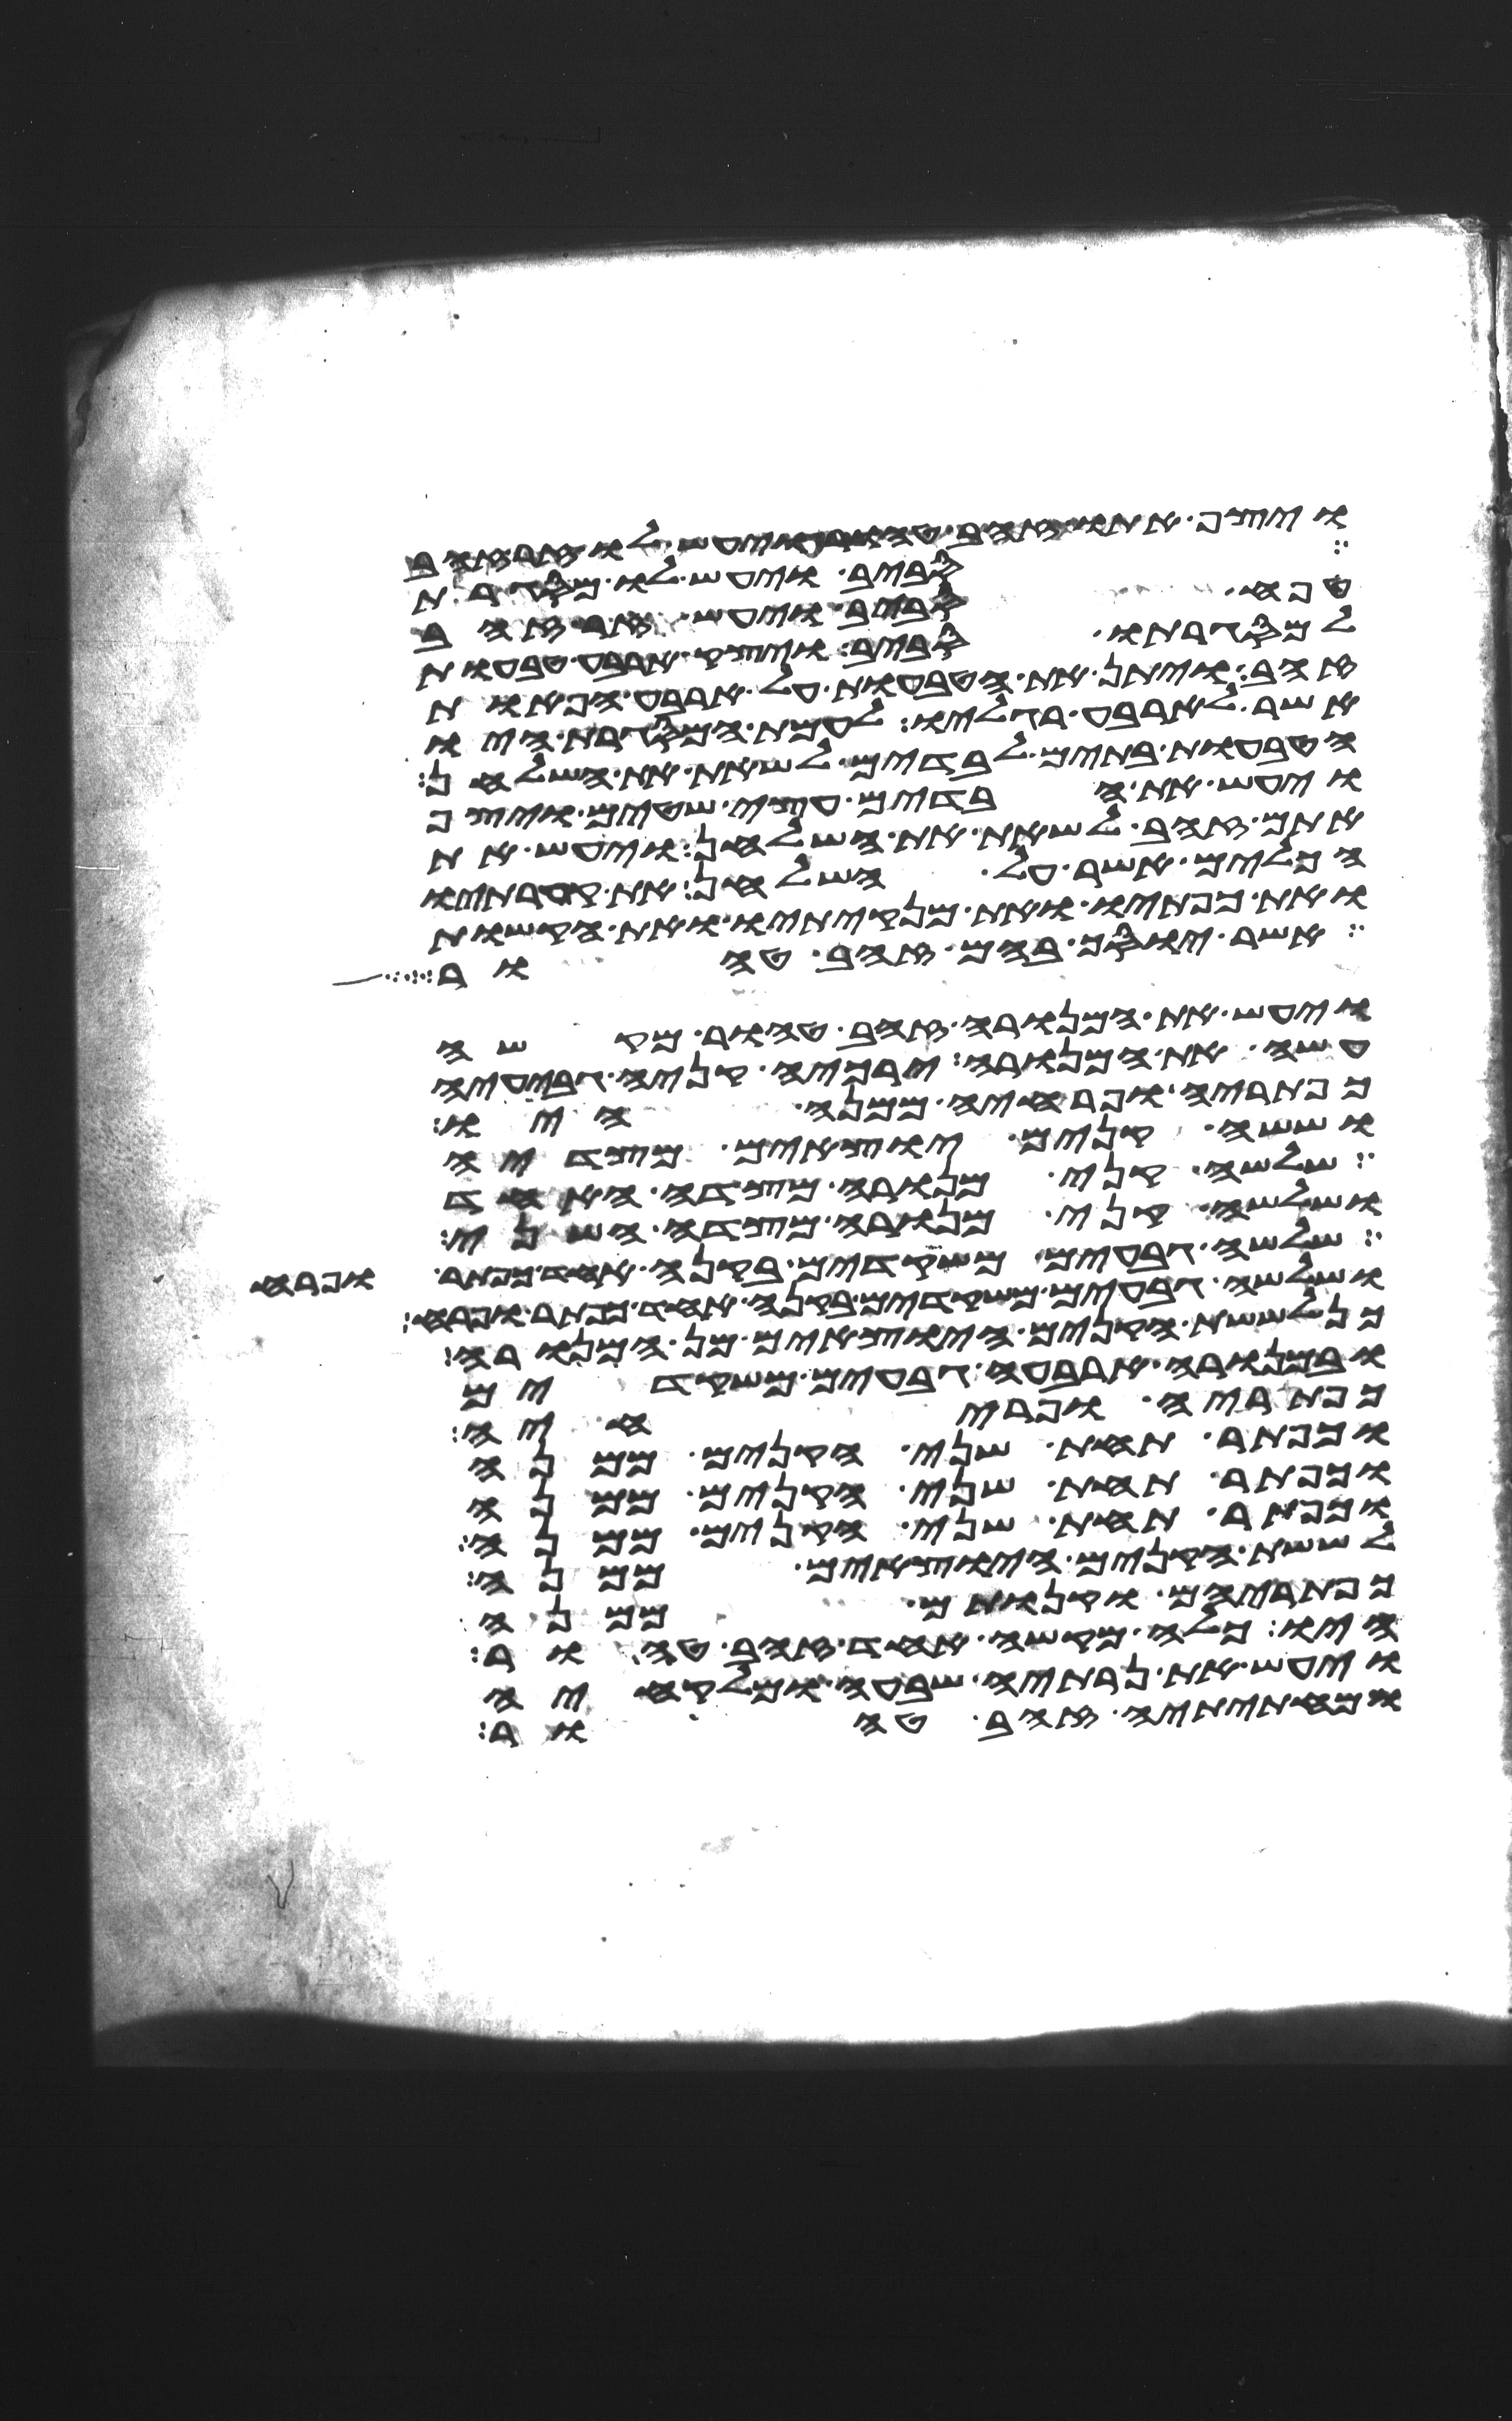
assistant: ויצף אתו זהב טהור ויעש לו זר זהב
סביב ויעש לו מסגרת
טפח סביב ויעש זר זהב
למסגרתו סביב ויצק ארבע טבעות
זהב ויתן את הטבעות על ארבע הפאות
אשר לארבע רגליו לעמת המסגרת היו
הטבעות בתים לבדים לשאת את השלחן
ויעש את הבדים עצי שטים ויצף
אתם זהב לשאת את השלחן ויעש את
הכלים אשר על השלחן את קערתיו
ואת כפתיו ואת מנקיתיו ואת הקשות
אשר יוסך בהם זהב טהור
ויעש את המנורה זהב טהור מקשה
תעשה את המנורה ירכיה קניה גביעיה
כפתריה ופרחיה ממנה היו
וששה קנים יוצאים מצדיה
שלשה קני מנורה מצדה האחד
ושלשה קני מנורה מצדה השני
שלשה גבעים משקדים בקנה אחד כפתר ופרח
ושלשה גבעים משקדים בקנה אחד כפתר ופרח
כן לששת הקנים היוצאים מן המנורה
ובמנורה ארבעה גבעים משקדים
כפתריה ופרחיה
וכפתר תחת שני הקנים ממנה
וכפתר תחת שני הקנים ממנה
וכפתר תחת שני הקנים ממנה
לששת הקנים היצאים ממנה
כפתריהם וקנותם ממנה
היו כלה מקשה אחד זהב טהור
ויעש את נרתיה שבעה ומלקחיה
ומחתיתיה זהב טהור